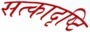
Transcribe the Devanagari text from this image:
सत्कादृष्टि